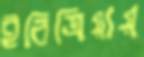
ইরিত্রিয়ায়